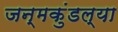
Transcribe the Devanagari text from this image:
जन्मकुंडल्या